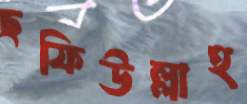
ছফিউল্লাহ